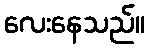
လေးနေသည်။